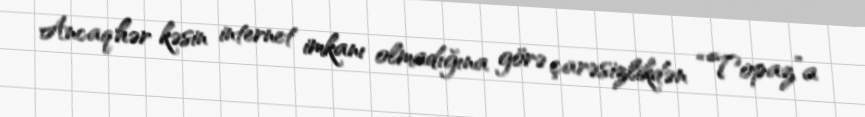
Ancaq hər kəsin internet imkanı olmadığına görə çarəsizlikdən “Topaz”a